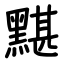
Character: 黮